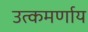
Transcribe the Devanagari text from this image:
उत्कमर्णाय